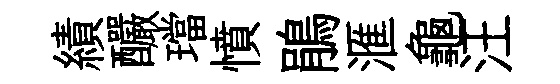
績釅璫憤鵑滙龜汪